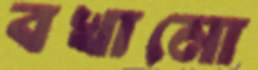
বখামো